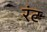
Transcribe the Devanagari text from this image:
रंट